Leningradi_Edasi_toimetus, lk 168
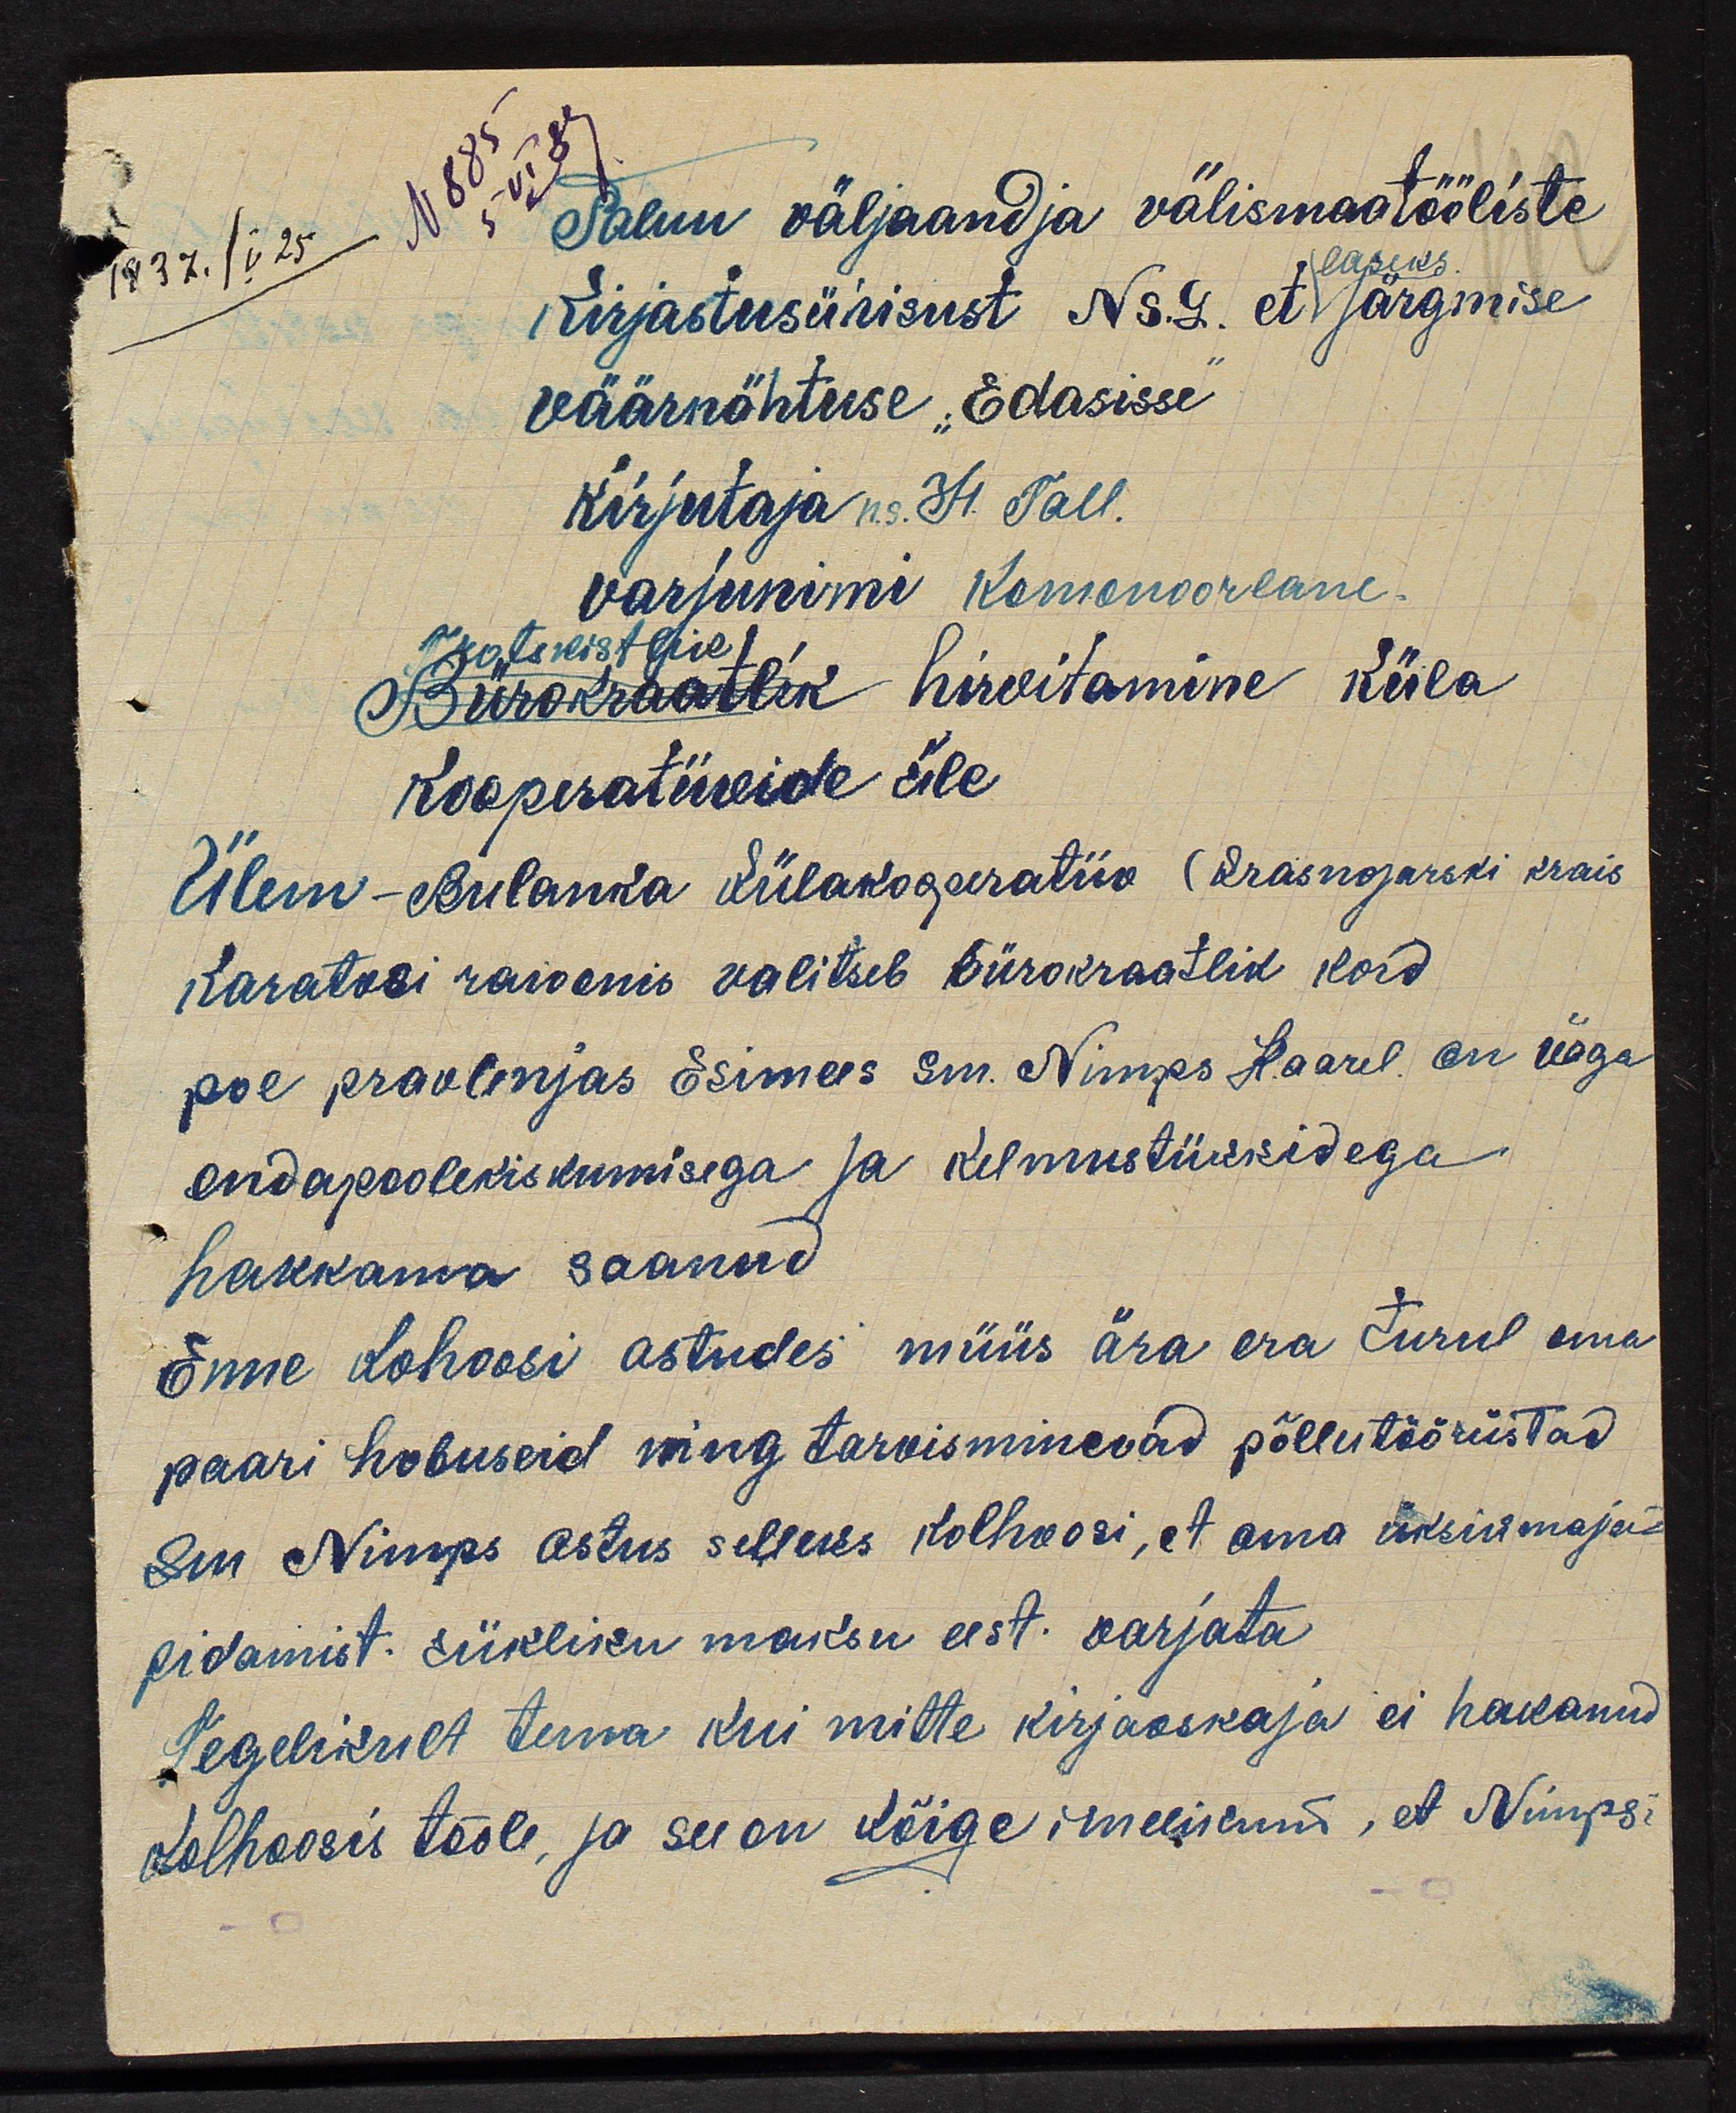
5 VI 37
N 885
1937. V 25
Palun väljaandja välismaatööliste
laseks.
Kirjastusühisust Ns.G. et järgmise
väärnähtuse "Edasisse".
kirjutaja n.s. H. Tall.
varjunimi Komonoorlane.
Trotsistlik hirvitamine küla
Kooperatiivide üle
Ülem-Bulanka Külakoperatiiv (Krasnojarski krais
Karatosi raioonis valitseb bürokraatlik kord
poe pravlenjas Esimees sm. Nimps Kaarel on väga
endapoolekiskumisega ja kelmustükkidega
hakkama saanud
Enne kolhoosi astudes müüs ära era turul oma
paari hobuseid ning tarvisminevad põllutööriistad
Sm Nimps astus selleks kolhoosi, et oma üksikmaja
pidamist riikliku maksu eest. varjata
Tegelikult tema kui mitte kirjaoskaja ei hakanud
kolhoosis tööle, ja see on kõige imelium, et Nimpsi